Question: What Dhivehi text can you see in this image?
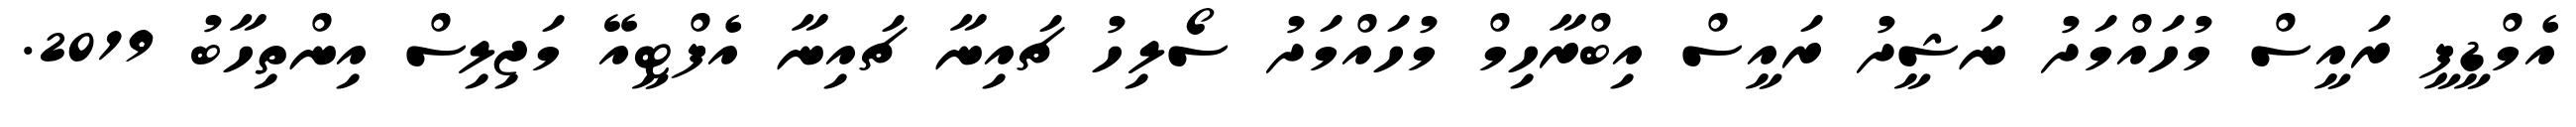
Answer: އެމްޑީޕީ ރައީސް މުހައްމަދު ނަޝީދު ރައީސް އިބްރާހިމް މުހައްމަދު ސޯލިހު ޗައިނާ ޗައިނާ އެފްޓީއޭ މަޖިލިސް އިންތިހާބު 2019.